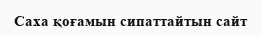
Саха қоғамын сипаттайтын сайт